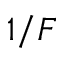
1 / F